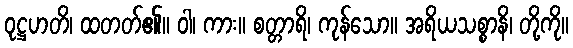
ဝုဋ္ဌဟတိ၊ ထတတ်၏။ ဝါ၊ ကား။ စတ္တာရိ၊ ကုန်သော။ အရိယသစ္စာနိ၊ တို့ကို။